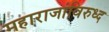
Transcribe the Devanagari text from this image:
महाराजांविरुध्द